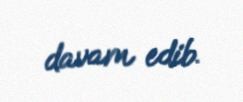
davam edib.